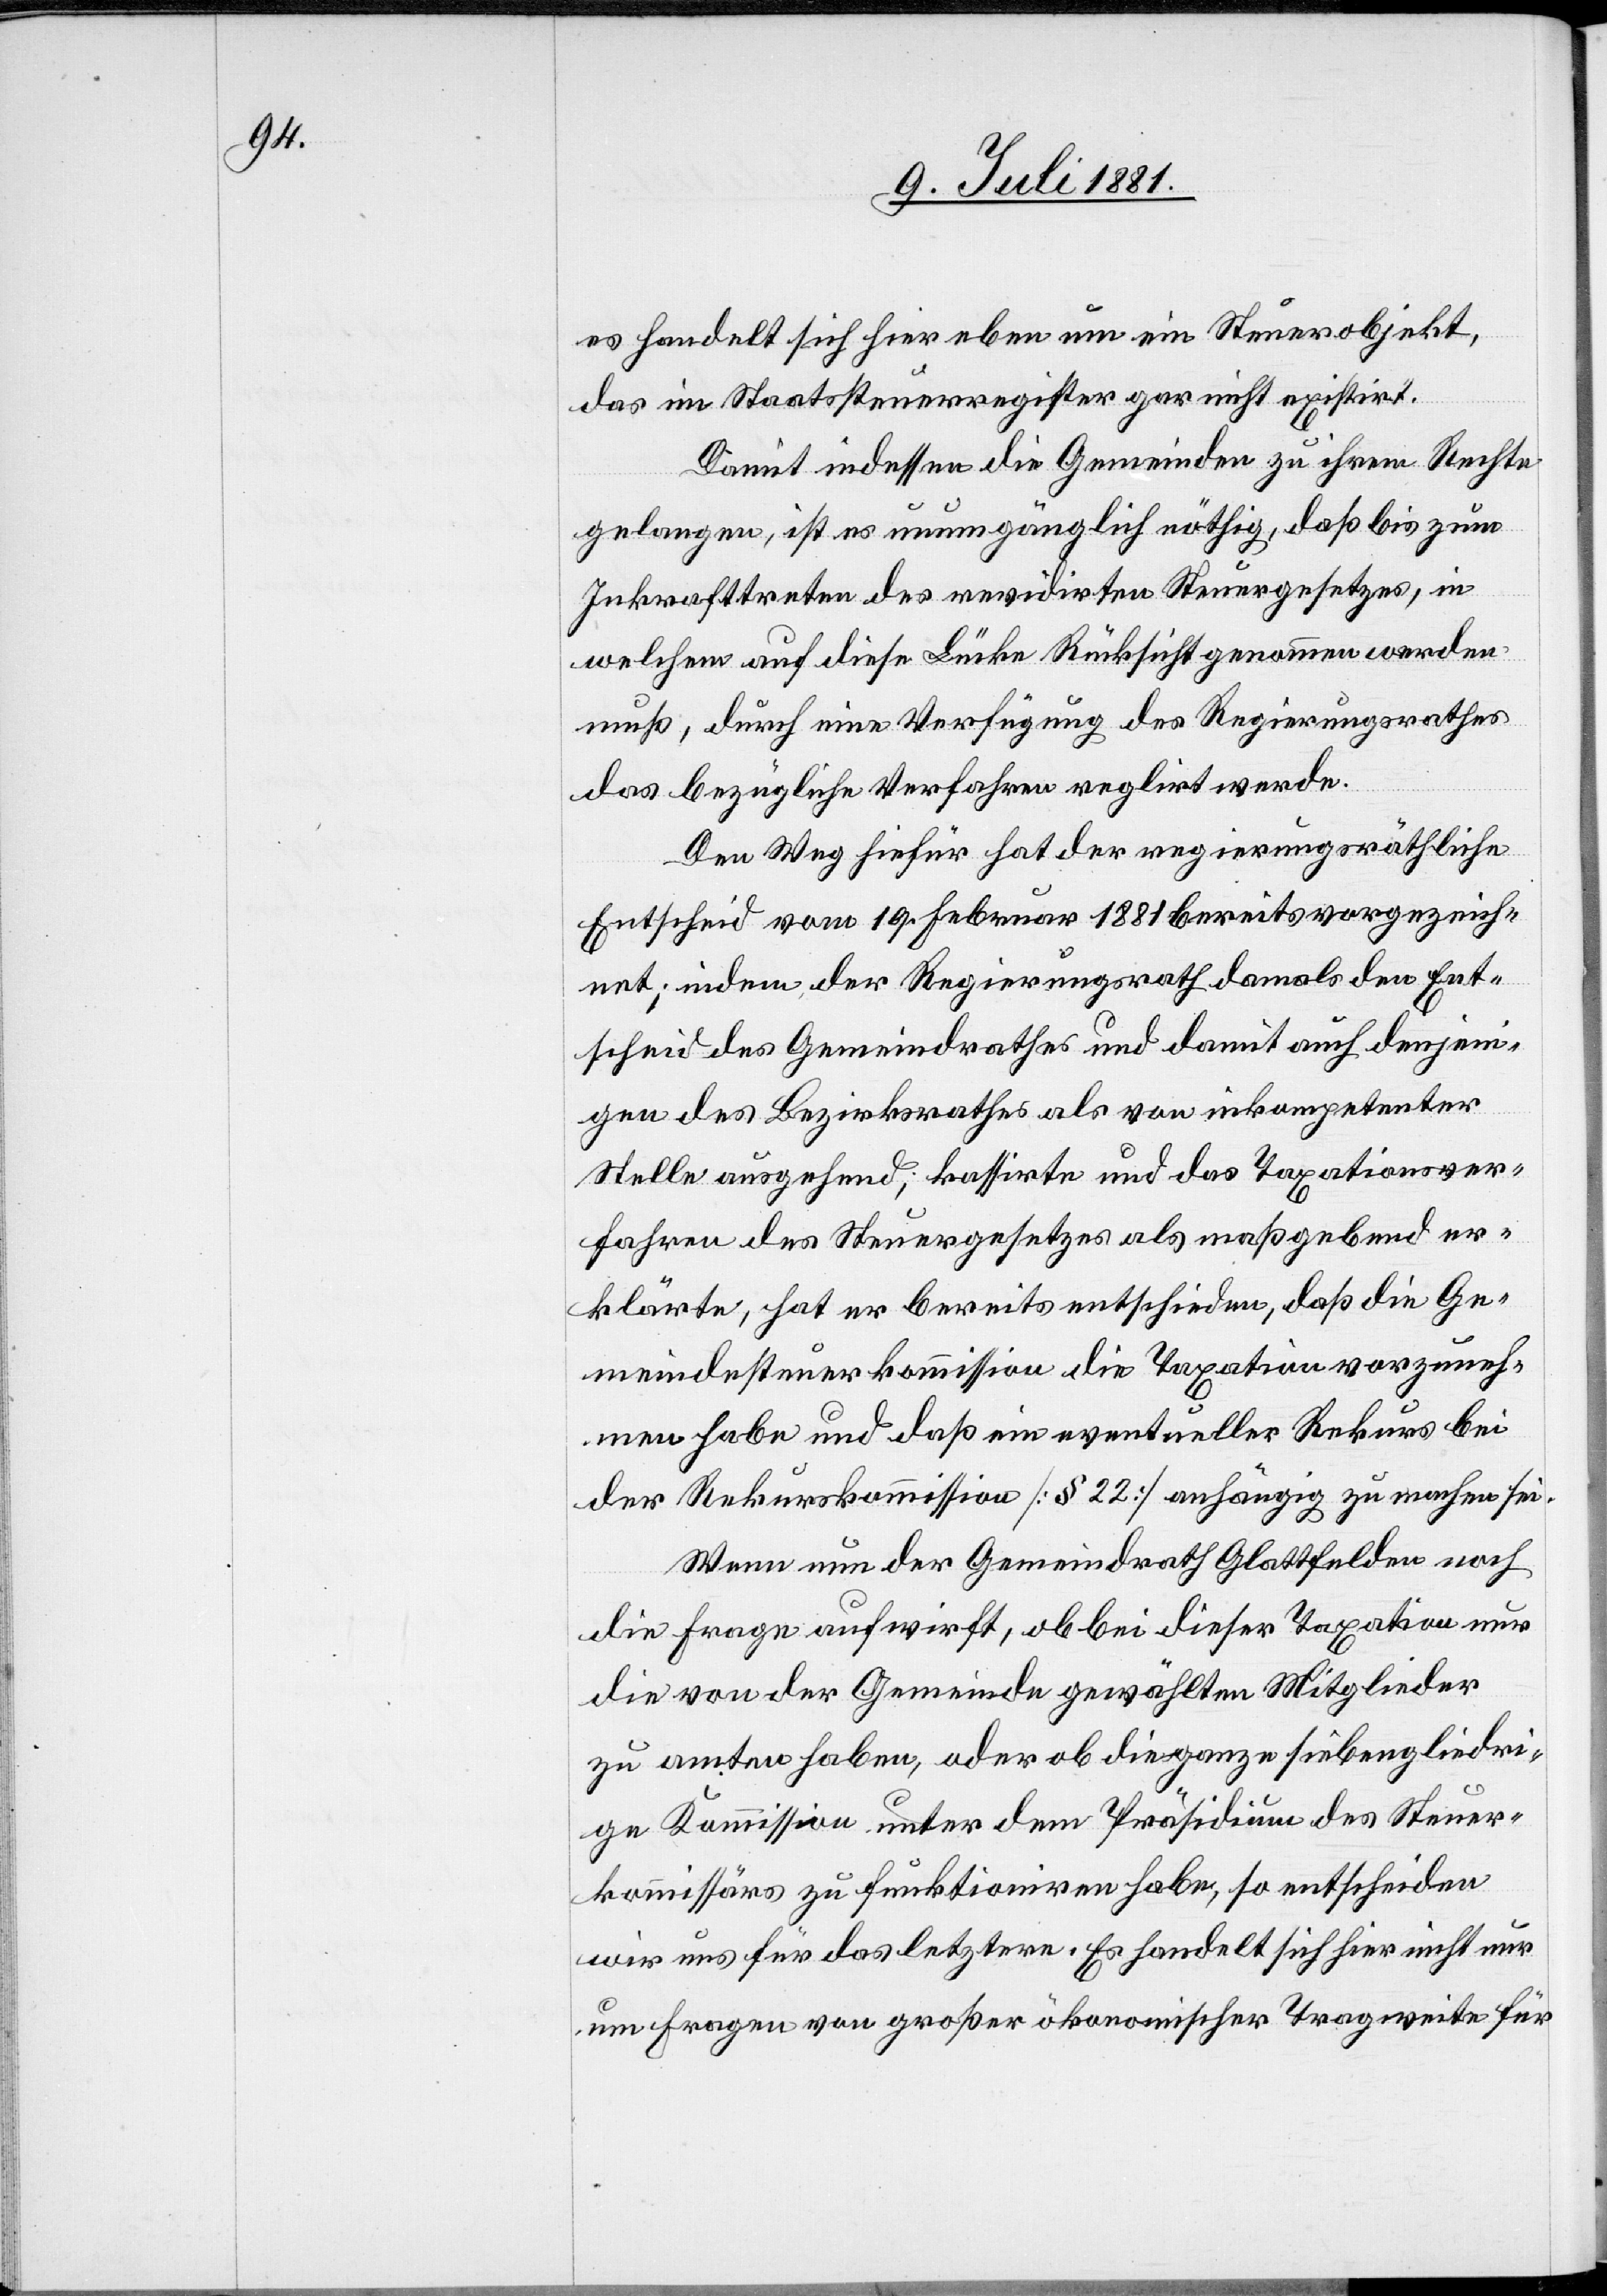
es handelt sich hier eben um ein Steuerobjekt,
das im Staatssteuerregister gar nicht existirt.
Damit indessen die Gemeinden zu ihrem Rechte
gelangen, ist es unumgänglich nöthig, daß bis zum
Inkrafttreten des revidirten Steuergesetzes, in
welchem auf diese Lücke Rücksicht genommen werden
muß, durch eine Verfügung des Regierungsrathes
das bezüglich Verfahren reglirt wurde.
Den Weg hiefür hat der regierungsräthliche
Entscheid vom 19. Januar 1881 bereits vorgezeich¬
net; indem der Regierungsrath damals den Ent¬
scheid des Gemeindrathes und damit auch denjeni¬
gen des Bezirksrathes als von inkompetenter
Stelle ausgehend, kassirte und das Taxationsver¬
fahren des Steuergesetzes als maßgebend er¬
klärte, hat er bereits entschieden, daß die Ge¬
meindesteuerkommission die Taxation vorzuneh¬
men habe und daß ein eventueller Rekurs bei
der Rekurskommission [§ 22] anhängig zu machen sei.
Wenn nun der Gemeindrath Glattfelden noch
die Frage aufwirft, ob bei dieser Taxation nur
die von der Gemeinde gewählten Mitglieder
zu amten haben, oder ob die ganze siebengliedri¬
ge Kommission unter dem Präsidenten des Steuer¬
kommissärs zu funktioniren habe, so entscheiden
wir uns für das letztere. Es handelt sich hier nicht nur
um Fragen von großer ökonomischer Tragweite für